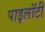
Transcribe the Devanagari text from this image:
पाइलॉटी